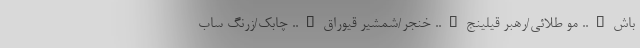
باش….. مو طلائی/رهبر قیلینج….. خنجر/شمشیر قیوراق….. چابک/زرنگ ساب